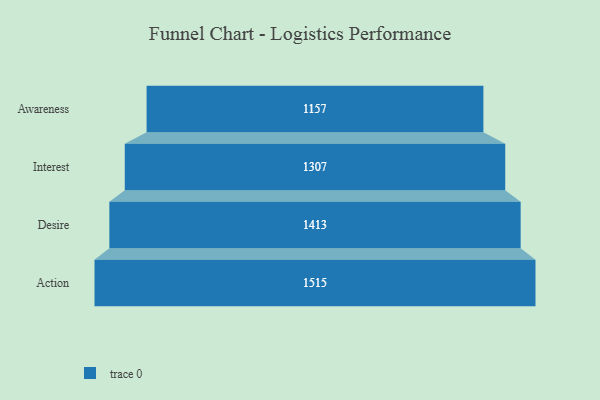
{"axis": {"x": "Stage", "y": "Value"}, "legend": [""], "data": [{"x": "Awareness", "y": 1157.0, "type": ""}, {"x": "Interest", "y": 1307.0, "type": ""}, {"x": "Desire", "y": 1413.0, "type": ""}, {"x": "Action", "y": 1515.0, "type": ""}]}